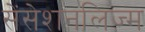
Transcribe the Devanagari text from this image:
सेंसेशनलिज्म